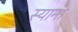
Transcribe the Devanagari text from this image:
स्याना